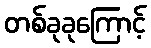
တစ်ခုခုကြောင့်